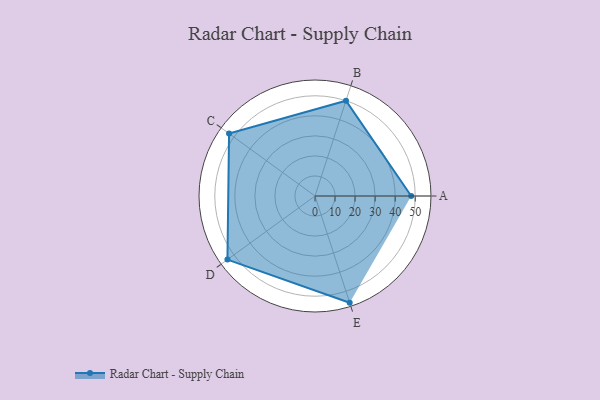
{"axis": {"x": "Skill", "y": "Score"}, "legend": ["Profile"], "data": [{"x": "A", "y": 48.0, "type": "Profile"}, {"x": "B", "y": 50.0, "type": "Profile"}, {"x": "C", "y": 53.0, "type": "Profile"}, {"x": "D", "y": 54.0, "type": "Profile"}, {"x": "E", "y": 56.0, "type": "Profile"}]}